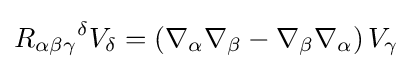
{R_{\alpha \beta \gamma }}^{\delta }V_{\delta }=\left(\nabla _{\alpha }\nabla _{\beta }-\nabla _{\beta }\nabla _{\alpha }\right)V_{\gamma }